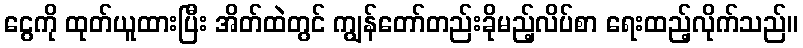
ငွေကို ထုတ်ယူထားပြီး အိတ်ထဲတွင် ကျွန်တော်တည်းခိုမည့်လိပ်စာ ရေးထည့်လိုက်သည်။